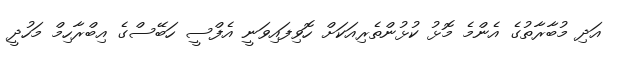
އަދި މުބާރާތުގެ އެންމެ މޮޅު ކުޅުންތެރިއަކަށް ހޮވިފައިވަނީ އެފްސީ ހަބޭސްގެ އިބްރާހިމް މަހުދީ